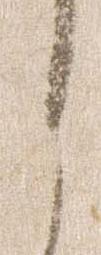
之